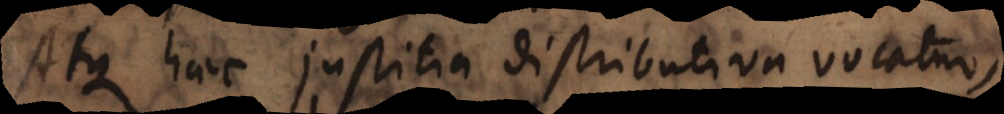
Atque haec justitia distributiva vocatur,